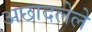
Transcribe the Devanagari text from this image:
अछादलेले